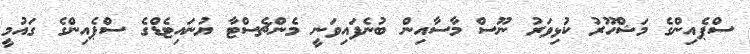
ސްޕެއިންގެ މަޝްހޫރު ކުޅިވަރު ނޫސް މާސާއިން ބުނެފައިވަނީ މެންޗެސްޓާ ޔުނައިޓެޑްގެ ސްޕެއިންގެ ގައުމީ